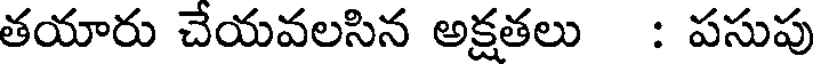
తయారు చేయవలసిన అక్షతలు : పసుపు